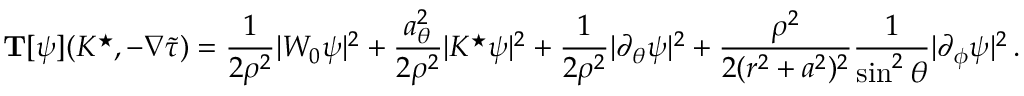
\mathbf { T } [ \psi ] ( K ^ { \star } , - \nabla { \widetilde { \tau } } ) = \frac { 1 } { 2 \rho ^ { 2 } } | W _ { 0 } \psi | ^ { 2 } + \frac { a _ { \theta } ^ { 2 } } { 2 \rho ^ { 2 } } | K ^ { \star } \psi | ^ { 2 } + \frac { 1 } { 2 \rho ^ { 2 } } | \partial _ { \theta } \psi | ^ { 2 } + \frac { \rho ^ { 2 } } { 2 ( r ^ { 2 } + a ^ { 2 } ) ^ { 2 } } \frac { 1 } { \sin ^ { 2 } \theta } | \partial _ { \phi } \psi | ^ { 2 } \, .